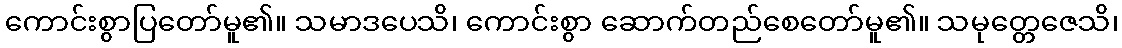
ကောင်းစွာပြတော်မူ၏။ သမာဒပေသိ၊ ကောင်းစွာ ဆောက်တည်စေတော်မူ၏။ သမုတ္တေဇေသိ၊